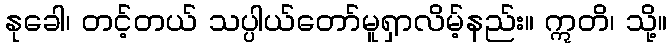
နုခေါ၊ တင့်တယ် သပ္ပါယ်တော်မူရှာလိမ့်နည်း။ ဣတိ၊ သို့။